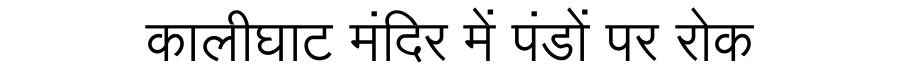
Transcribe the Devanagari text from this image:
कालीघाट मंदिर में पंडों पर रोक